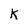
Character: K